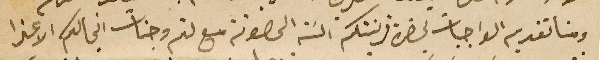
ومنا تقديم الواجبات لحضرة قرينتكم السَة المصونة مع لثم وجنات انجالكم الاعزا